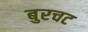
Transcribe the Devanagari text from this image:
बुरचट